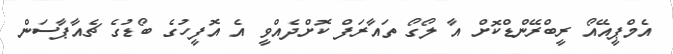
އެމްޕީއޭއޯ ރީބްރޭންޑްކޮށް އާ ލޯގޯ ތައާރަފް ކޮށްދެއްވީ އެ އޮފީހުގެ ބޯޑުގެ ޗެއާޕާސަން